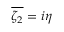
\overline { { \zeta _ { 2 } } } = i \eta